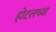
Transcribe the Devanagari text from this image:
होटलच्या